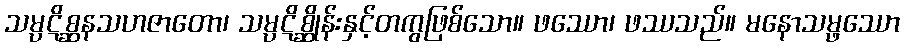
သမ္ပဋိစ္ဆနသဟဇာတော၊ သမ္ပဋိစ္ဆိုန်းနှင့်တကွဖြစ်သော။ ဖဿော၊ ဖဿသည်။ မနောသမ္ဖဿော